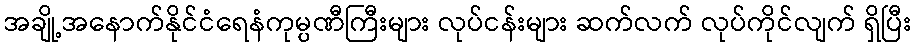
အချို့အနောက်နိုင်ငံရေနံကုမ္ပဏီကြီးများ လုပ်ငန်းများ ဆက်လက် လုပ်ကိုင်လျက် ရှိပြီး